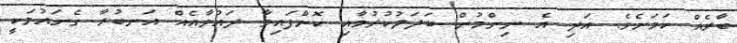
ބާރެއް ކަމަށެވެ. އަދި އެ ނިންމުން ބަދަލުކުރުމާއި ކޮށްފައިވާ ދައުވާއެއް އަނބުރާ ގެނައުމަކީ